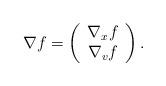
LaTeX: \begin{align*}\nabla f = \left(\begin{array}{c}\nabla_x f \\\nabla_v f \\\end{array} \right).\end{align*}